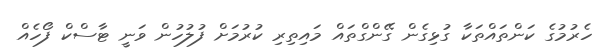
ހެރުމުގެ ކަންތައްތަކާ ގުޅިގެން ގޭންގްތައް މައިތިރި ކުރުމަށް ފުލުހުން ވަނީ ޓާސްކް ފޯހެއް